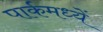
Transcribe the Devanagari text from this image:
पार्कमध्यें